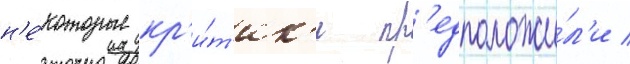
н'е́которые кр'и́т'ик'и пр'едположи́л'и /